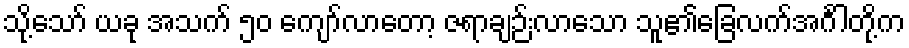
သို့သော် ယခု အသက် ၅၀ ကျော်လာတော့ ဇရာချဉ်းလာသော သူ၏ခြေလက်အင်္ဂါတို့က